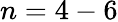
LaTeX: n=4-6